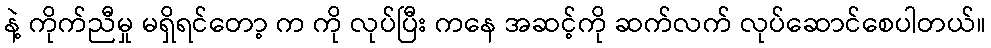
နဲ့ ကိုက်ညီမှု မရှိရင်တော့ က ကို လုပ်ပြီး ကနေ အဆင့်ကို ဆက်လက် လုပ်ဆောင်စေပါတယ်။